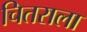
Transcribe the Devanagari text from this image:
चितराला